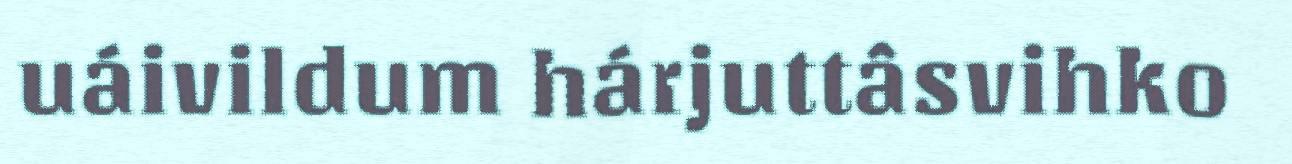
uáivildum hárjuttâsvihko